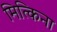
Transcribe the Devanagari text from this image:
मित्किना